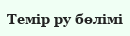
Темір ру бөлімі